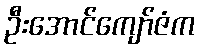
ဦးအောင်ကျော်ဇံက